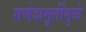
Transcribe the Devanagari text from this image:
गणेशमूर्तीमुळे